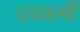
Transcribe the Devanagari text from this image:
उपकर्मी